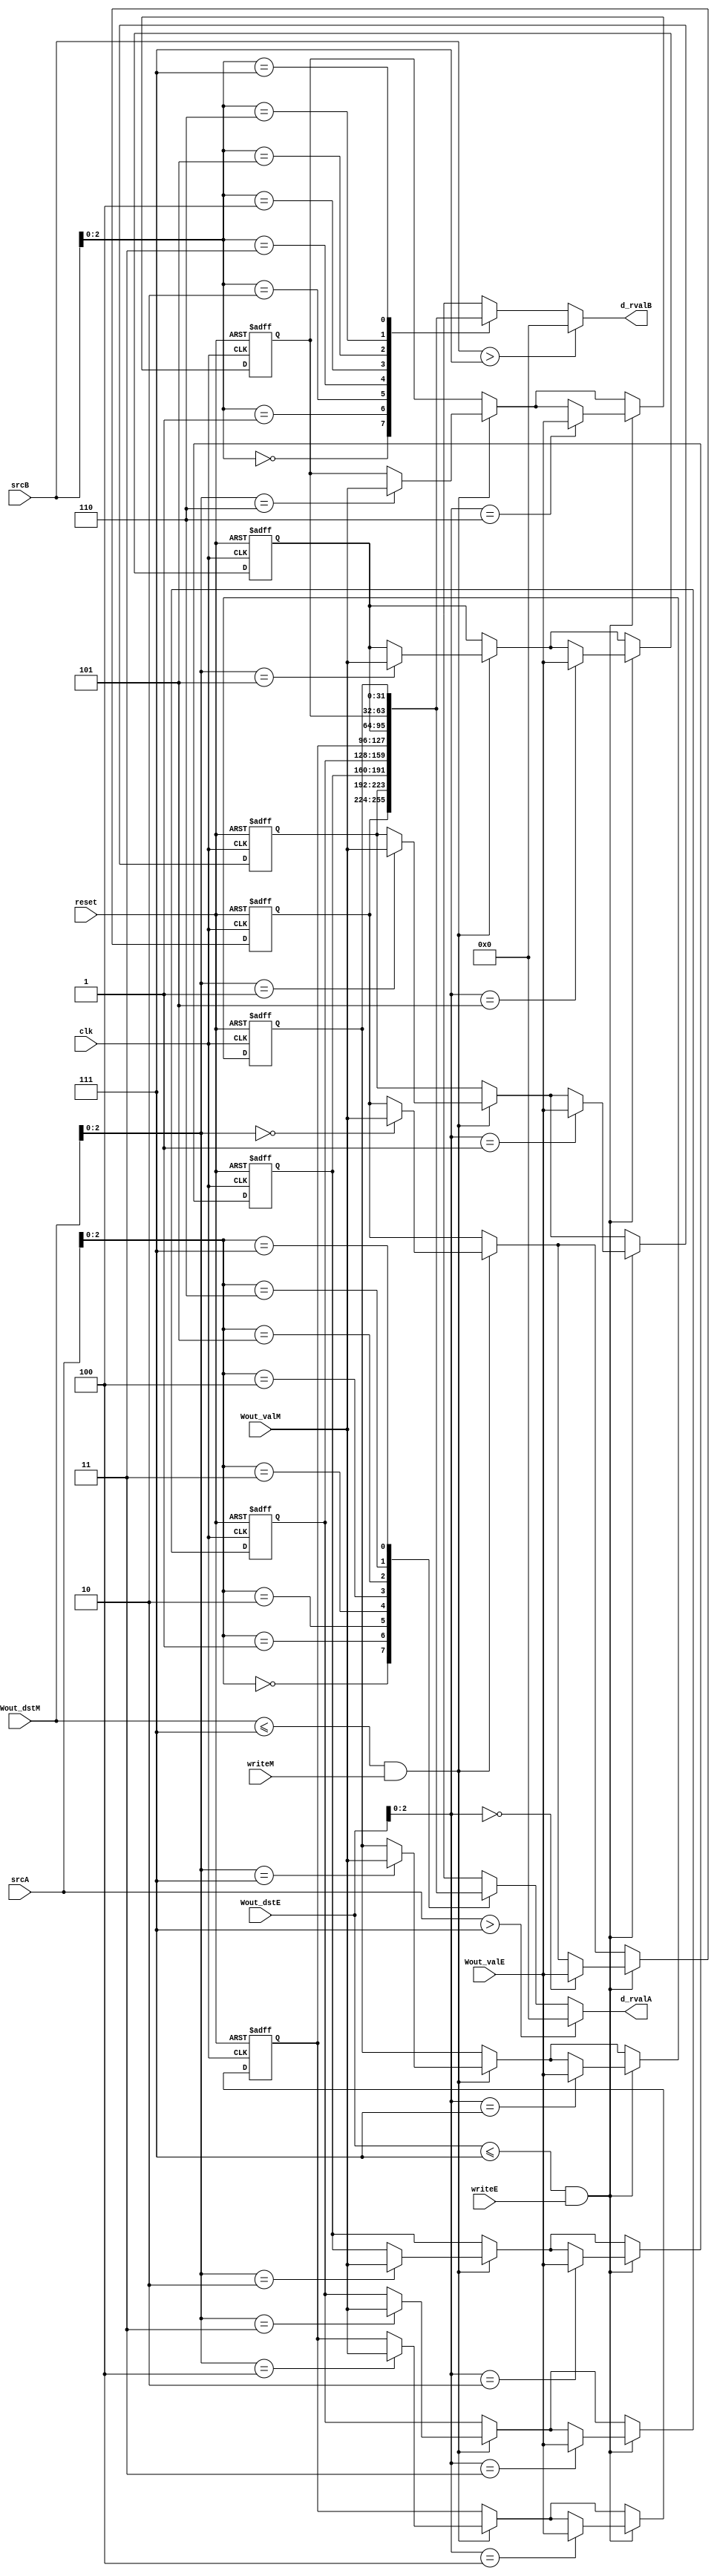
module y86_regfile (clk, reset,
                    Wout_valM, Wout_dstM, writeM,
                    Wout_valE, Wout_dstE, writeE,
                    srcA, srcB,
                    d_rvalA, d_rvalB);
    input           clk, reset, writeM, writeE;
    input   [3:0]   srcA, srcB, Wout_dstM, Wout_dstE;
    input   [31:0]  Wout_valM, Wout_valE;

    output  [31:0]  d_rvalA, d_rvalB;

    /* %eax 0 %ecx 1 %edx 2 %ebx 3 %esp 4 %ebp 5 %esi 6 %edi 7 */
    reg     [31:0]  register[0:7];

   assign d_rvalA = srcA > 4'h7 ? 0 : register[srcA]; // read
   assign d_rvalB = srcB > 4'h7 ? 0 : register[srcB]; // read

   integer i;
   always @ (posedge clk or negedge reset) begin
        if (reset == 0) begin // reset
            for (i = 0; i < 8; i = i + 1) begin
                register[i] <= 0;
            end
        end else begin
            if ((Wout_dstM <= 4'h7) && (writeM == 1)) begin    // write
                register[Wout_dstM] <= Wout_valM;
            end
            if ((Wout_dstE <= 4'h7) && (writeE == 1)) begin
                register[Wout_dstE] <= Wout_valE;
            end
        end
   end
endmodule // y86_regfile